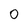
Character: O